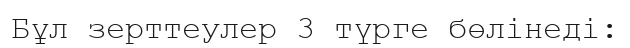
Бұл зерттеулер 3 түрге бөлінеді: